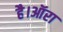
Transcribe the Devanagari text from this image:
है।ऑरा